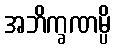
အဘိက္ခဏမ္ပိ